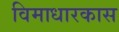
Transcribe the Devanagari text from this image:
विमाधारकास